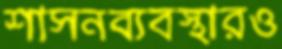
শাসনব্যবস্থারও